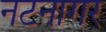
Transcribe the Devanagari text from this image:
नटनागर